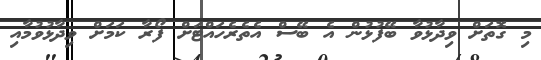
މި ގޮތަށް ވިދާޅުވާ ބޭފުޅުން އެ ބޭސް އެތެރެހައްޓަށް ފޯރާ ކަމަށް ވިދާޅުވުމާއި